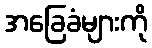
အခြေခံများကို